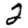
Digit: 2